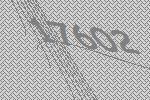
17602